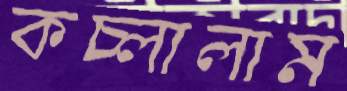
কচ্‌লালাম